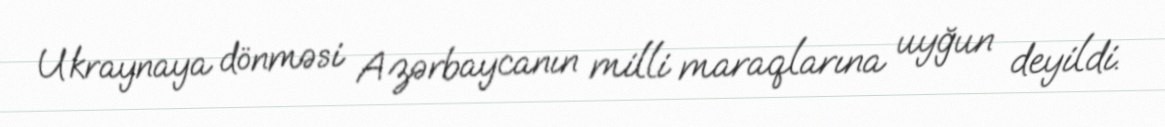
Ukraynaya dönməsi Azərbaycanın milli maraqlarına uyğun deyildi.